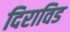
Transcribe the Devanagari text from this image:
दिराविड